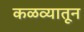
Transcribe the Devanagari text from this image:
कळव्यातून